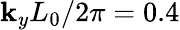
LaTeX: \mathbf{k}_{y}L_{0}/2\pi=0.4